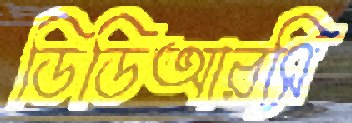
ডিডিআরসি